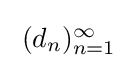
{\textstyle \;(d_{n})_{n=1}^{\infty }}